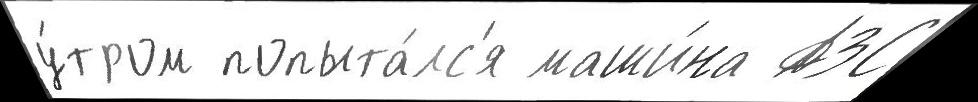
у́тром попыта́лс'я маши́на АЗС